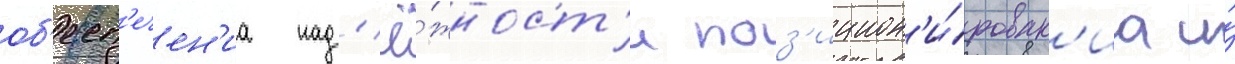
об'есп'ечен'иа над'ё́жност'и поз'ицион'и́рован'иа и́